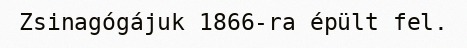
Zsinagógájuk 1866-ra épült fel.